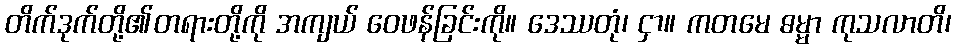
တိက်ဒုက်တို့၏တရားတို့ကို အကျယ် ဝေဖန်ခြင်းကို။ ဒေဿတုံ၊ ငှာ။ ကတမေ ဓမ္မာ ကုသလာတိ၊